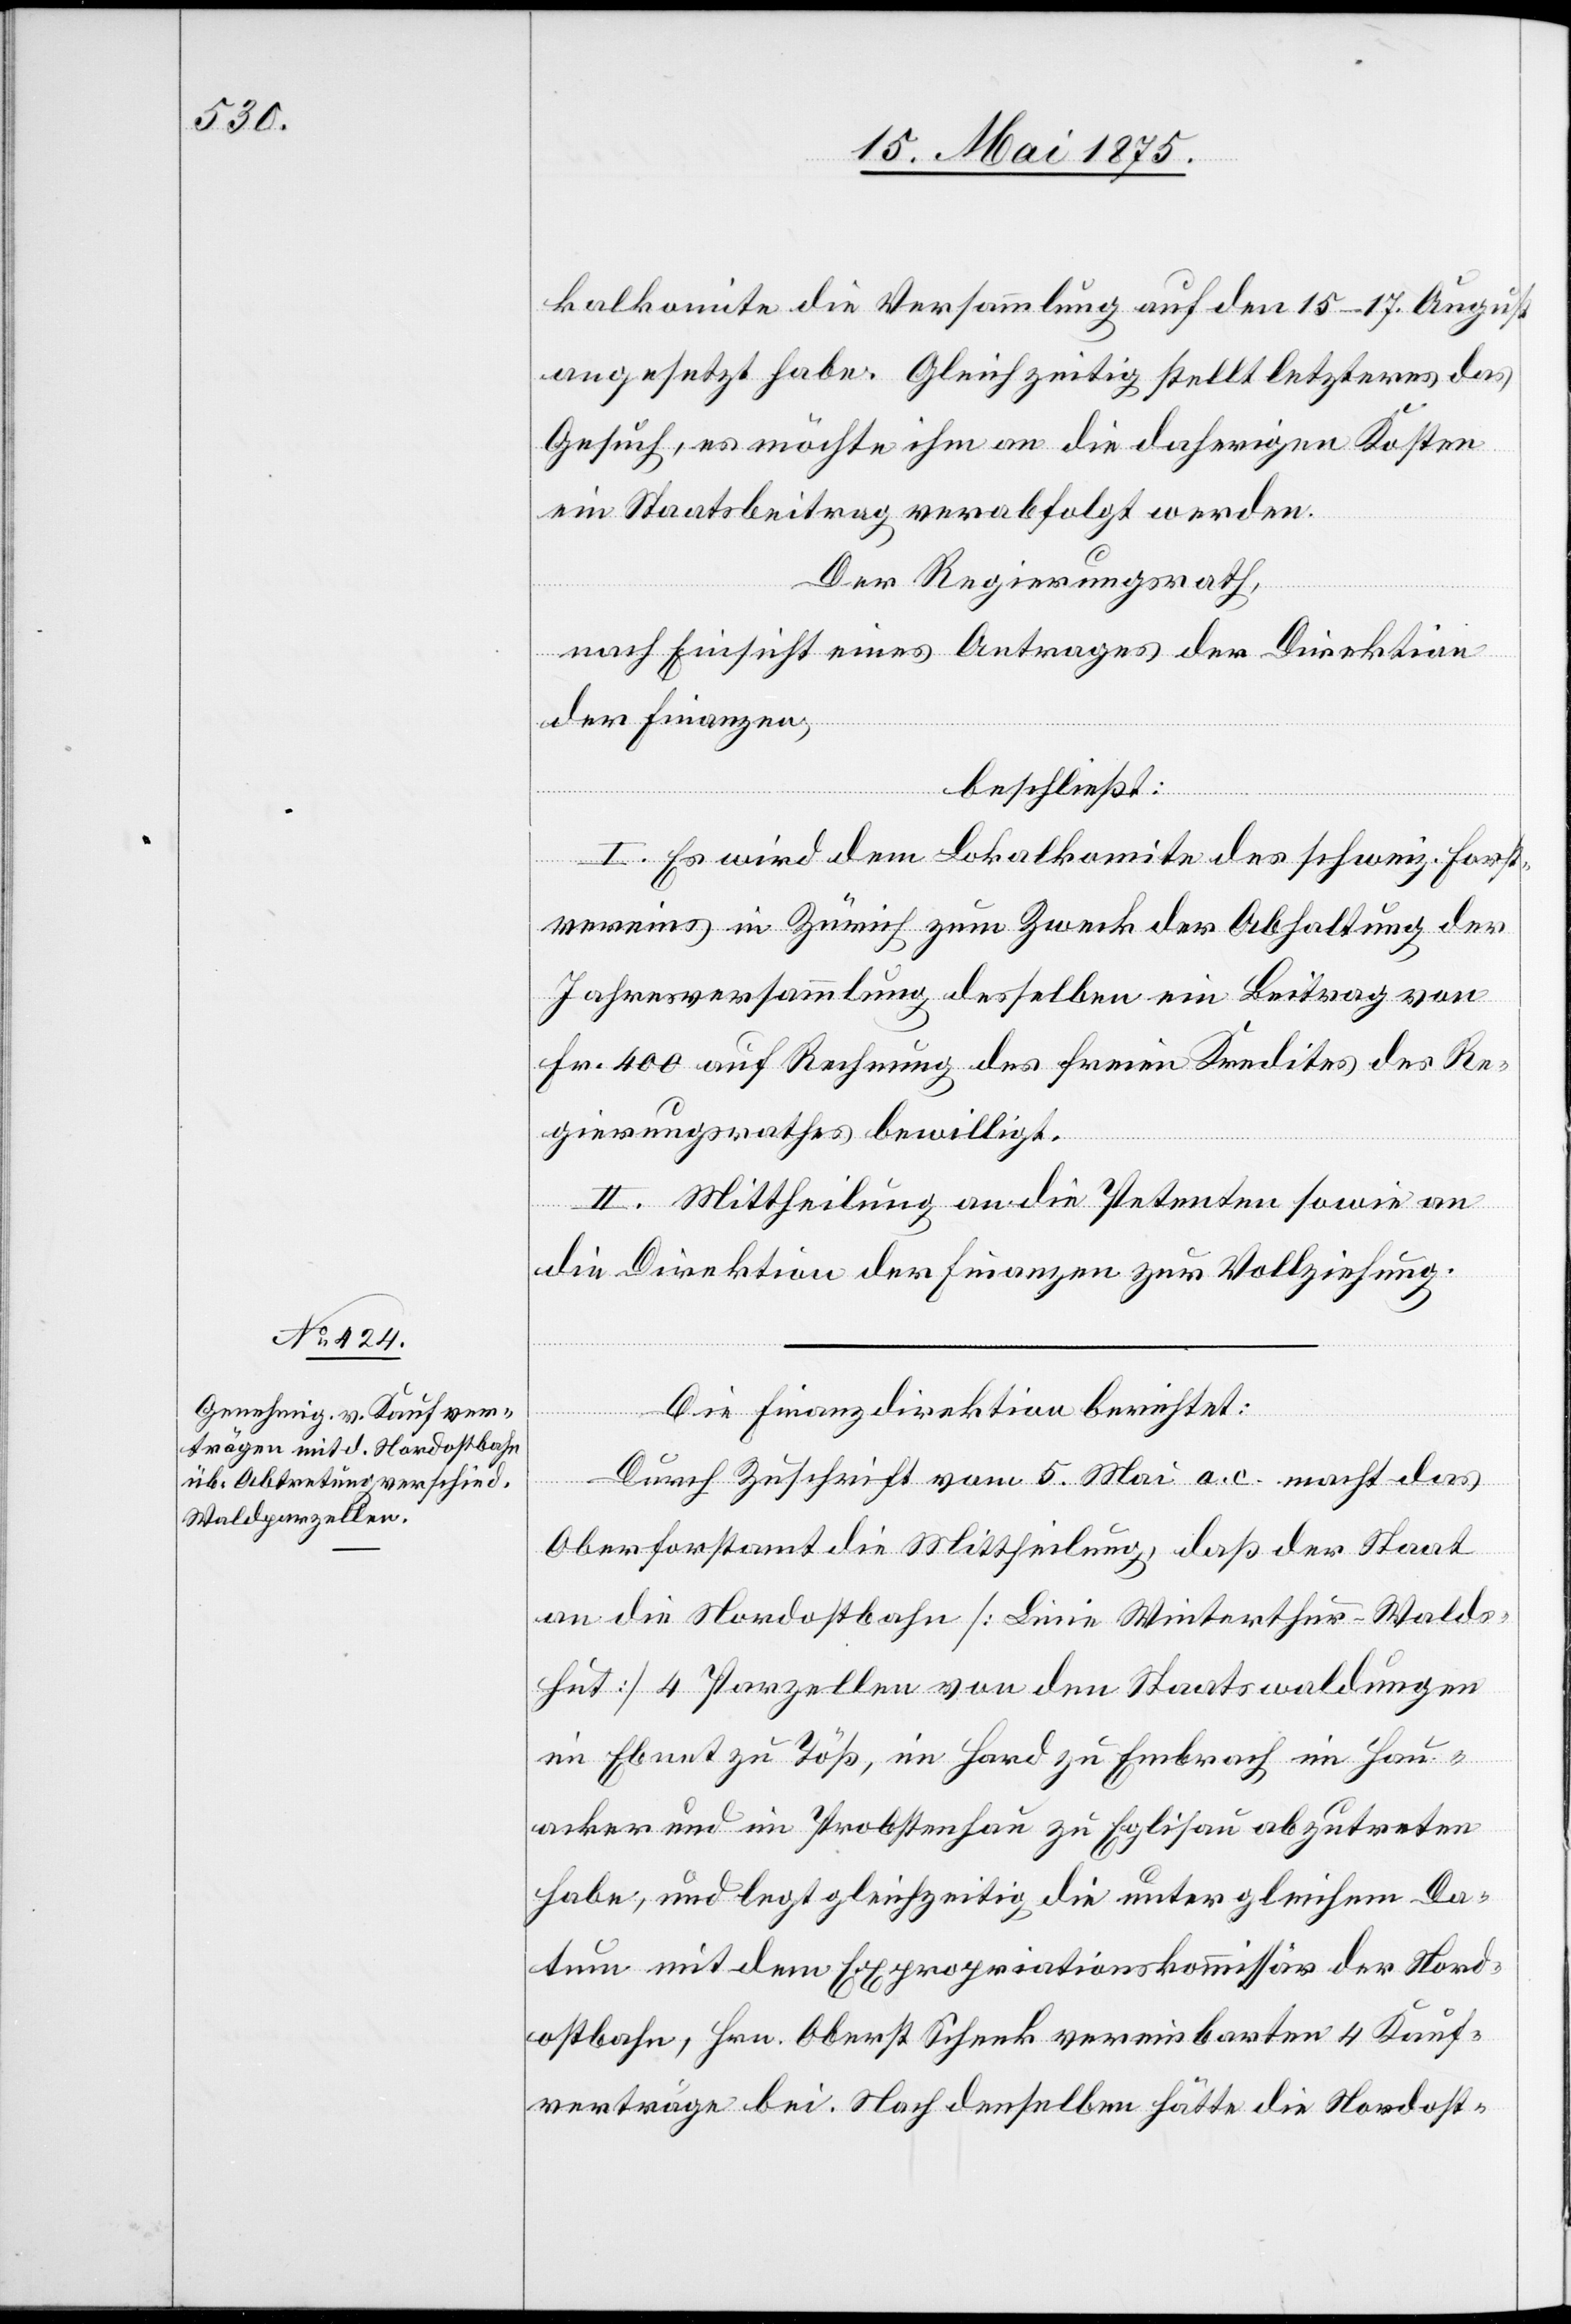
kalkomite die Versammlung auf den 15–17. August
angesetzt habe. Gleichzeitig stellt letzteres das
Gesuch, es möchte ihm an die daherigen Kosten
ein Staatsbeitrag verabfolgt werden.
Der Regierungsrath,
nach Einsicht eines Antrages der Direktion
der Finanzen,
beschließt:
I. Es wird dem Lokalkomite des schweiz. Forst¬
vereins in Zürich zum Zwecke der Abhaltung der
Jahresversammlung desselben ein Beitrag von
Fr. 400 auf Rechnung des freien Kredites des Re¬
gierungsrathes bewilligt.
II. Mittheilung an die Petenten sowie an
die Direktion der Finanzen zur Vollziehung.
Die Finanzdirektion berichtet:
Durch Zuschrift vom 5. Mai a. c. macht das
Oberforstamt die Mittheilung, daß der Staat
an die Nordostbahn [Linie Winterthur–Walds¬
hut] 4 Parzellen von den Staatswaldungen
im Ebnet zu Töß, im Hard zu Embrach im Hau¬
acker und im Probstenhau zu Eglisau abzutreten
habe, und legt gleichzeitig die unter gleichem Da¬
tum mit dem Expropriationskommissär der Nord¬
ostbahn, Hrn. Oberst Schenk vereinbarten 4 Kauf¬
verträge bei. Nach denselben hätte die Nordost-